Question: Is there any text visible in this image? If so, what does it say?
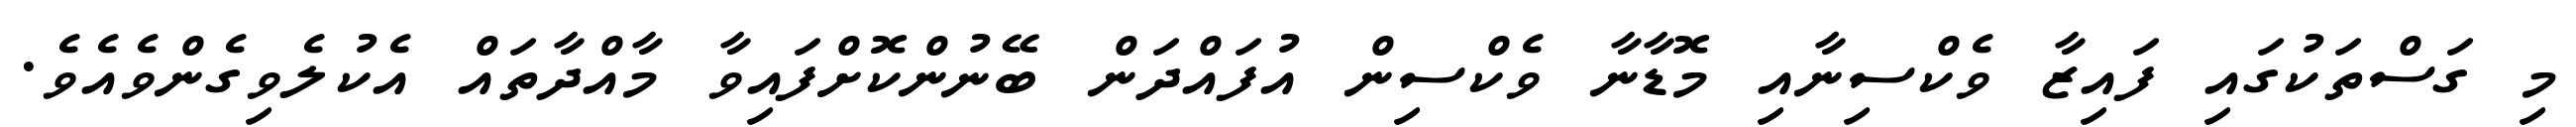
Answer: މި ގަސްތަކުގައި ފައިޒާ ވެކްސިނާއި މޮޑާނާ ވެކްސިން އުފައްދަން ބޭނުންކޮށްފައިވާ މާއްދާތައް އެކުލެވިގެންވެއެވެ.